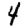
Digit: 4